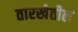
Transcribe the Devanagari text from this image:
तारखेतील